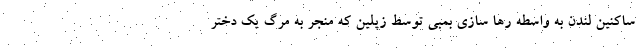
ساکنین لندن به واسطه رها سازی بمبی توسط زپلین که منجر به مرگ یک دختر